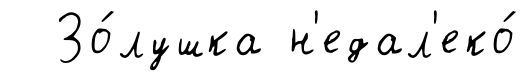
Зо́лушка н'едал'еко́